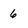
Character: 6